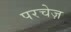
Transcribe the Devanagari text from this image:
परचेज़